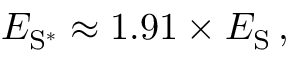
E _ { \mathrm { S } ^ { * } } \approx 1 . 9 1 \times E _ { \mathrm { S } } \, ,